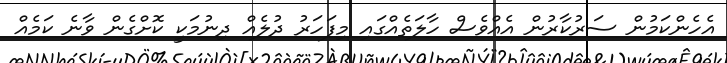
އެހެންކަމުން ސަރުކާރުން އެއްވެސް ހާލަތެއްގައި މިފަހަރު ދުލެއް ދިނުމަކީ ކޮށްގެން ވާނެ ކަމެއް